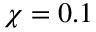
\chi = 0 . 1